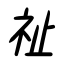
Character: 祉